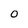
Character: O